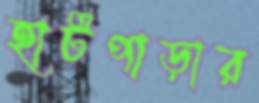
হাটপাড়ার